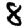
Digit: 8